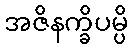
အဇိနက္ခိပမ္ပိ